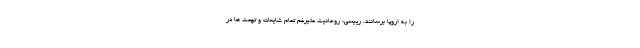
را به اروپا برسانند. رییسی: روحانیت علیرغم تمام شایعات و تهمت ها در